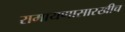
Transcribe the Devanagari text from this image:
रामायणासारखीच